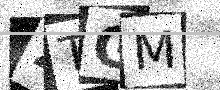
Text: 2TGM